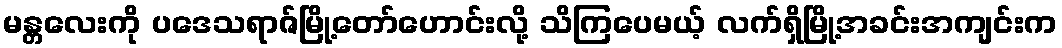
မန္တလေးကို ပဒေသရာဇ်မြို့တော်ဟောင်းလို့ သိကြပေမယ့် လက်ရှိမြို့အခင်းအကျင်းက